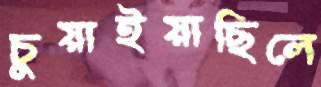
চুয়াইয়াছিলে